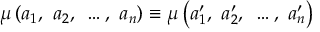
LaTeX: \mu \left( a _ { 1 } { \mathrm { , ~ } } a _ { 2 } { \mathrm { , ~ } } \ldots { } { \mathrm { , ~ } } a _ { n } \right) \equiv \mu \left( a _ { 1 } ^ { \prime } { \mathrm { , ~ } } a _ { 2 } ^ { \prime } { \mathrm { , ~ } } \ldots { } { \mathrm { , ~ } } a _ { n } ^ { \prime } \right)